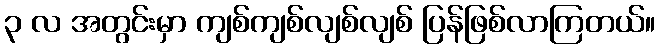
၃ လ အတွင်းမှာ ကျစ်ကျစ်လျစ်လျစ် ပြန်ဖြစ်လာကြတယ်။